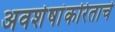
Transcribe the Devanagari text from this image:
अवशेषांकरिताचे